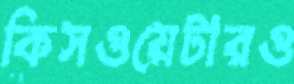
কিসওয়েটারও